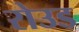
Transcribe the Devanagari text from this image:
रोउड